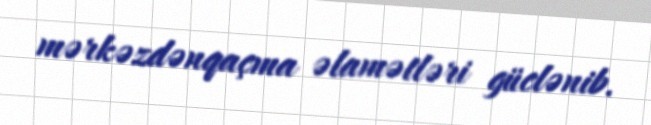
mərkəzdənqaçma əlamətləri güclənib.